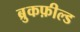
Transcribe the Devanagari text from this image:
ब्रुकफ़ील्ड